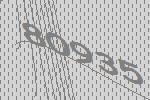
80935